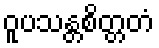
ဝူပသန္တစိတ္တတံ